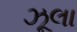
ઝૂલા